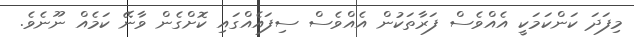
މިފަދަ ކަންކަމަކީ އެއްވެސް ފަރާތަކުން އެއްވެސް ސިފައެއްގައި ކޮށްގެން ވާނޭ ކަމެއް ނޫނެވެ.